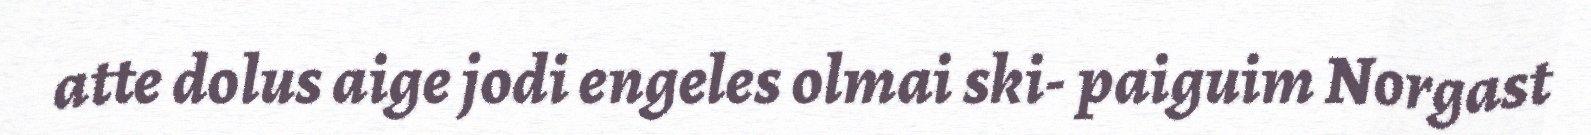
atte dolus aige jodi engeles olmai ski- paiguim Norgast